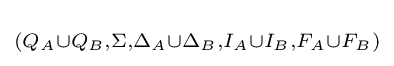
\scriptstyle (Q_{A}\cup Q_{B},\Sigma ,\Delta _{A}\cup \Delta _{B},I_{A}\cup I_{B},{F}_{A}\cup {F}_{B})